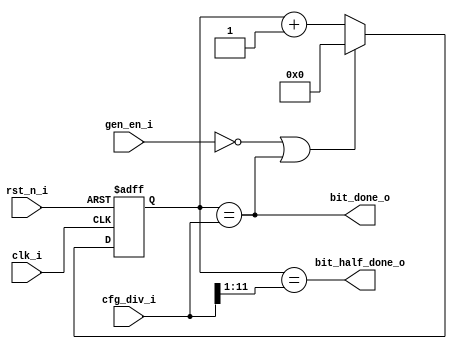
module gen_baudrate (
    input  wire        clk_i,           // system clock input
    input  wire        rst_n_i,         // system reset input
    input  wire        gen_en_i,        // generate baudrate enable
    input  wire [11:0] cfg_div_i,       // config: divder prescaler
    output wire        bit_done_o,      // bit done
    output wire        bit_half_done_o  // bit-halt dont
);

    reg [11:0] baud_counter;
    assign bit_done_o      = baud_counter == cfg_div_i;
    assign bit_half_done_o = baud_counter == cfg_div_i[11:1];

    always @(posedge clk_i or negedge rst_n_i) begin
        if (!rst_n_i) begin
            baud_counter <= 12'h0;
        end else begin
            if (!gen_en_i || bit_done_o) begin
                baud_counter <= 12'h0;
            end else begin
                baud_counter <= baud_counter + 1;
            end
        end
    end

endmodule